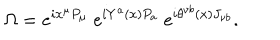
\Omega = e ^ { i x ^ { \mu } P _ { \mu } } \ e ^ { i Y ^ { a } ( x ) P _ { a } } \ e ^ { i \theta ^ { \nu b } ( x ) J _ { \nu b } } .